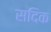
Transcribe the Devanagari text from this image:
सदिक